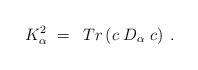
LaTeX: \begin{align*}\;K_\alpha ^2\;=\;\;Tr\left( c\;D_\alpha \;c\right) \;.\end{align*}